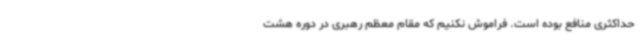
حداکثری منافع بوده است. فراموش نکنیم که مقام معظم رهبری در دوره هشت